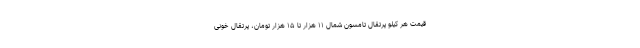
قیمت هر کیلو پرتقال تامسون شمال ۱۱ هزار تا ۱۵ هزار تومان، پرتقال خونی